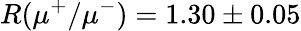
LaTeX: R(\mu^{+}/\mu^{-})=1.30\pm 0.05